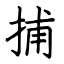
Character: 捕